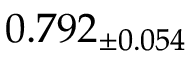
0 . 7 9 2 _ { \pm 0 . 0 5 4 }